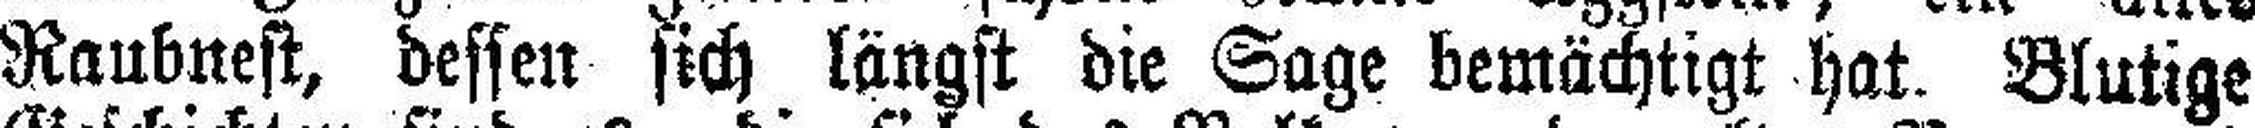
Ranbnest, dessen sich längst die Sage bemächtigt hat. Blutige